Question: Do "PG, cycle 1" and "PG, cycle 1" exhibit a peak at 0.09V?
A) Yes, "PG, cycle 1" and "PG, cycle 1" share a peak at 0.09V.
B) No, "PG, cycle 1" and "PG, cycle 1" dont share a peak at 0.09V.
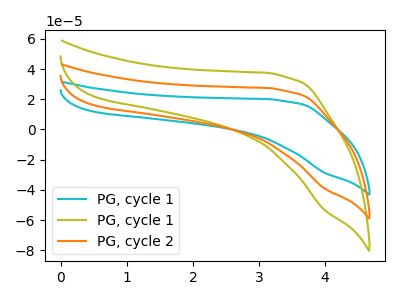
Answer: <think>The cyan curve "PG, cycle 1" has no peaks. The olive curve "PG, cycle 1" has no peaks. The orange curve "PG, cycle 2" has no peaks.</think>
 <answer>B) No, "PG, cycle 1" and "PG, cycle 1" dont share a peak at 0.09V.</answer>
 <eval>B</eval>